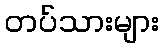
တပ်သားများ